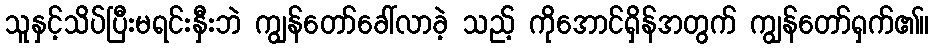
သူနှင့်သိပ်ပြီးမရင်းနှီးဘဲ ကျွန်တော်ခေါ်လာခဲ့ သည့် ကိုအောင်ရှိန်အတွက် ကျွန်တော်ရှက်၏။